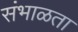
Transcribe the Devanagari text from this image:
संभाळता